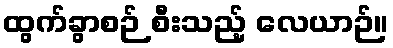
ထွက်ခွာစဉ် စီးသည့် လေယာဉ်။